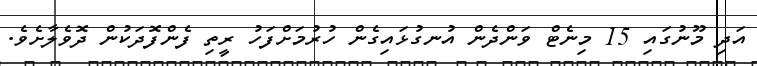
އަދި މޫނުގައި 15 މިނެޓް ވަންދެން އުނގުޅައިގެން ހުރުމަށްފަހު ރީތި ފެންފޮދަކުން ދޮވެލާށެވެ.